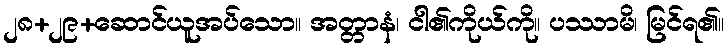
၂၈+၂၉+ဆောင်ယူအပ်သော။ အတ္တာနံ၊ ငါ၏ကိုယ်ကို။ ပဿာမိ၊ မြင်ရ၏။